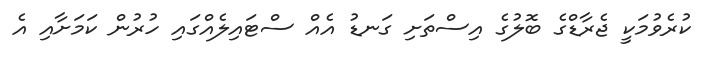
ކުރެވުމަކީ ޖެރާޑްގެ ބޮލުގެ އިސްތަށި ގަނޑު އެއް ސްޓައިލެއްގައި ހުރުން ކަމަށާއި އެ